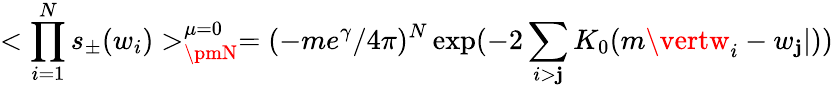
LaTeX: <\prod_{i=1}^{N}s_{\pm}(w_{i})>_{\pmN}^{\mu=0}=(-me^{\gamma}/4\pi)^{N}\exp(-2\sum_{i>\mathbf{j}}K_{0}(m\vertw_{i}-w_{\mathbf{j}}\vert))